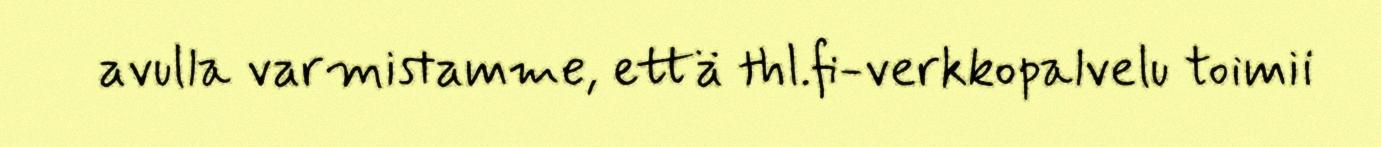
avulla varmistamme, että thl.fi-verkkopalvelu toimii